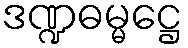
ဒဏ္ဍဓမ္မဋ္ဌေ